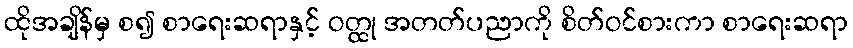
ထိုအချိန်မှ စ၍ စာရေးဆရာနှင့် ဝတ္ထု အတတ်ပညာကို စိတ်ဝင်စားကာ စာရေးဆရာ